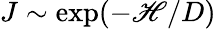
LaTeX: J\sim\exp(-\mathscr{H}/D)